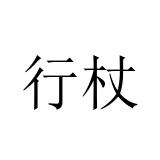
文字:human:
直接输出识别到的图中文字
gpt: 行杖